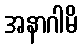
အနာဂါမိ